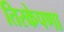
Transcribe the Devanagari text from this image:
तिरकेपणा